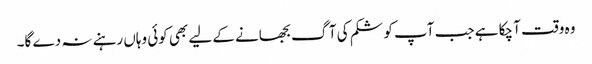
وہ وقت آ چکا ہے جب آپ کو شکم کی آگ بجھانے کے لیے بھی کوئی وہاں رہنے نہ دے گا۔